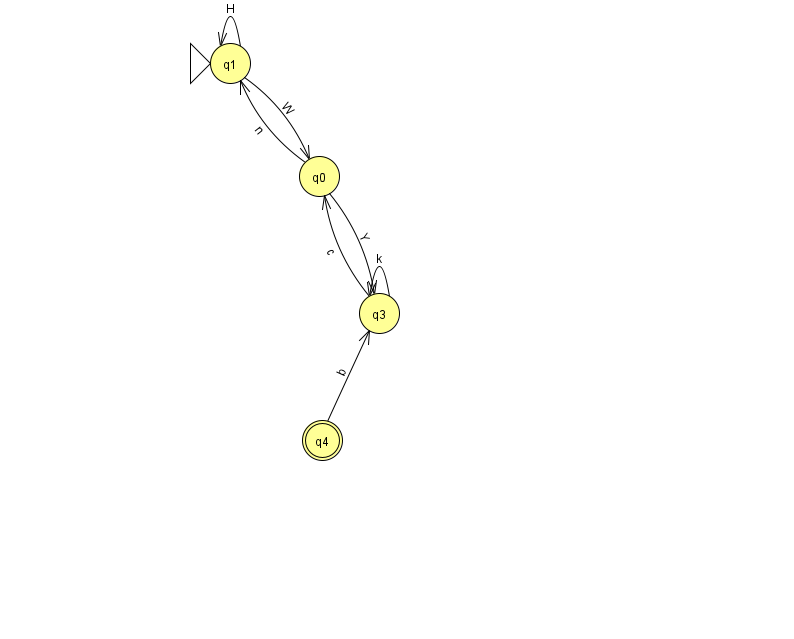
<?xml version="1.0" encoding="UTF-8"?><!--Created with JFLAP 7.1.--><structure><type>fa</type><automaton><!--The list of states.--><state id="0" name="q0"><x>319.0</x><y>163.0</y></state><state id="1" name="q1"><x>230.0</x><y>50.0</y><initial/></state><state id="3" name="q3"><x>379.0</x><y>300.0</y></state><state id="4" name="q4"><x>322.0</x><y>427.0</y><final/></state><!--The list of transitions.--><transition><from>0</from><to>3</to><read>Y</read></transition><transition><from>0</from><to>1</to><read>n</read></transition><transition><from>4</from><to>3</to><read>b</read></transition><transition><from>1</from><to>1</to><read>H</read></transition><transition><from>3</from><to>3</to><read>k</read></transition><transition><from>1</from><to>0</to><read>W</read></transition><transition><from>3</from><to>0</to><read>c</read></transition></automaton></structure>